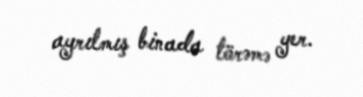
ayrılmış binada törəmə yer.